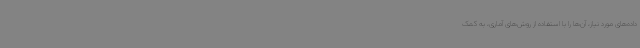
داده‌های مورد نیاز، آن‌ها را با استفاده از روش‌های آماری، به کمک